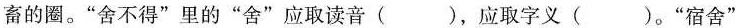
畜的圈。”舍不得”里的”舍”应取读音( )，应取字义( )。”宿舍”